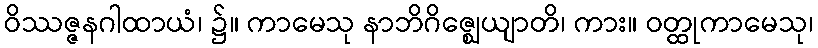
ဝိဿဇ္ဇနဂါထာယံ၊ ၌။ ကာမေသု နာဘိဂိဇ္ဈေယျာတိ၊ ကား။ ဝတ္ထုကာမေသု၊